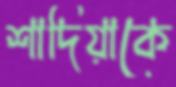
শাদিয়াকে